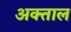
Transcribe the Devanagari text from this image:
अक्ताल